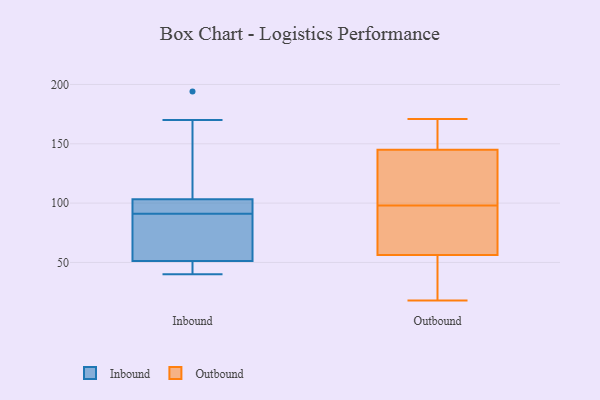
{"axis": {"x": "Production Output", "y": "Value"}, "legend": ["Inbound", "Outbound"], "data": [{"x": "", "y": 44, "type": "Inbound"}, {"x": "", "y": 82, "type": "Inbound"}, {"x": "", "y": 48, "type": "Inbound"}, {"x": "", "y": 170, "type": "Inbound"}, {"x": "", "y": 98, "type": "Inbound"}, {"x": "", "y": 91, "type": "Inbound"}, {"x": "", "y": 194, "type": "Inbound"}, {"x": "", "y": 61, "type": "Inbound"}, {"x": "", "y": 97, "type": "Inbound"}, {"x": "", "y": 105, "type": "Inbound"}, {"x": "", "y": 40, "type": "Inbound"}, {"x": "", "y": 146, "type": "Outbound"}, {"x": "", "y": 107, "type": "Outbound"}, {"x": "", "y": 60, "type": "Outbound"}, {"x": "", "y": 87, "type": "Outbound"}, {"x": "", "y": 18, "type": "Outbound"}, {"x": "", "y": 171, "type": "Outbound"}, {"x": "", "y": 98, "type": "Outbound"}, {"x": "", "y": 45, "type": "Outbound"}, {"x": "", "y": 55, "type": "Outbound"}, {"x": "", "y": 118, "type": "Outbound"}, {"x": "", "y": 142, "type": "Outbound"}, {"x": "", "y": 31, "type": "Outbound"}, {"x": "", "y": 171, "type": "Outbound"}, {"x": "", "y": 81, "type": "Outbound"}, {"x": "", "y": 100, "type": "Outbound"}, {"x": "", "y": 28, "type": "Outbound"}, {"x": "", "y": 160, "type": "Outbound"}, {"x": "", "y": 79, "type": "Outbound"}, {"x": "", "y": 155, "type": "Outbound"}]}